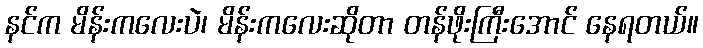
နင်က မိန်းကလေးပဲ၊ မိန်းကလေးဆိုတာ တန်ဖိုးကြီးအောင် နေရတယ်။